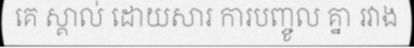
គេ ស្គាល់ ដោយសារ ការបញ្ចូល គ្នា រវាង